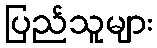
ပြည်သူများ